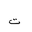
Letter: _ta